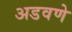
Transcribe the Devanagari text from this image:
अडवणे